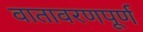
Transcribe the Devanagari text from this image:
वातावरणपूर्ण